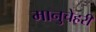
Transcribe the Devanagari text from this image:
मानुचेहरी